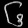
Digit: ၆